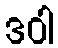
ဒဝါ